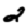
Digit: 2